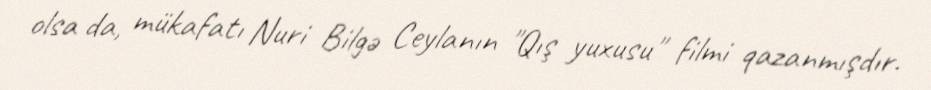
olsa da, mükafatı Nuri Bilgə Ceylanın "Qış yuxusu" filmi qazanmışdır.